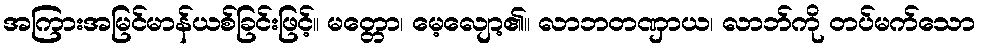
အကြားအမြင်မာန်ယစ်ခြင်းဖြင့်။ မတ္တော၊ မေ့လျော့၏။ လာဘတဏှာယ၊ လာဘ်ကို တပ်မက်သော